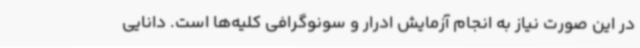
در این صورت نیاز به انجام آزمایش ادرار و سونوگرافی کلیه‌ها است. دانایی